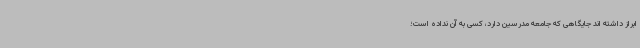
ابراز داشته اند جایگاهی که جامعه مدرسین دارد، کسی به آن نداده است؛